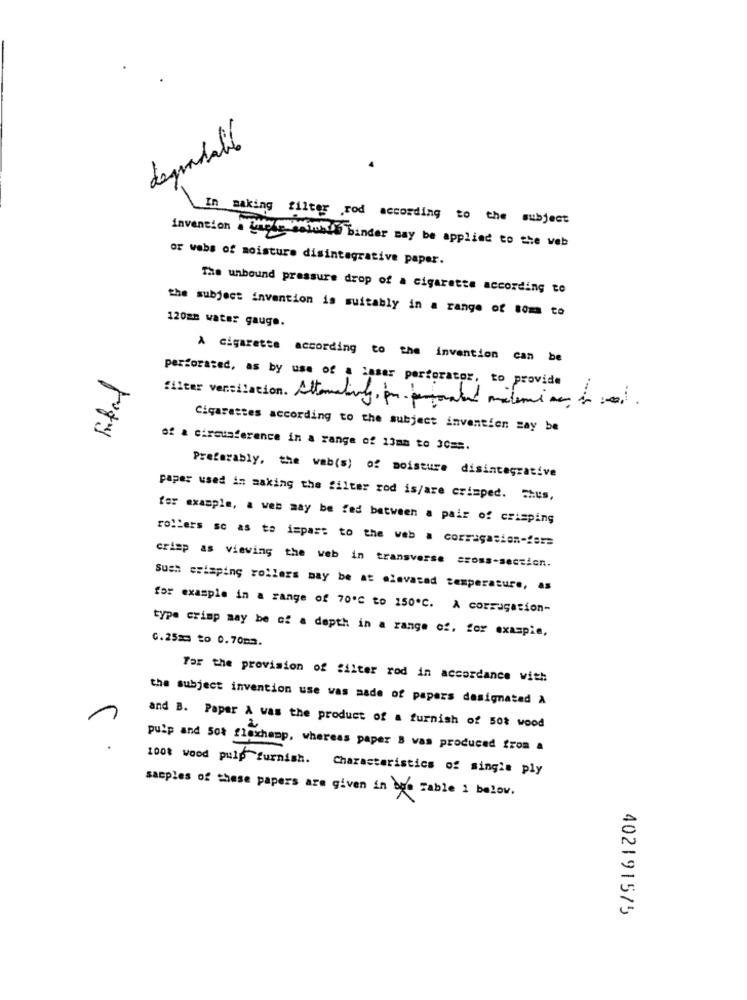
degradall
In making filter rod according to the subject
invention . note-selash binder may be applied to the veb
or webs of moisture disintegrative paper.
The unbound pressure drop of a cigarette according to
120mm water gauge.
the subject invention is suitably in a range of som to
A cigarette according to the invention can be
perforated, as by use of a laser perforator, to provide
filter ventilation. Altematiny pr. personand materiais.
Cigarettes according to the subject invention say be
of a circusference in a range of 13mm to 3C ==.
Preferably, the web(s) of moisture disintegrative
paper used in making the filter rod is/are crisped. = hus,
for example, a web may be fed between a pair of crisping
rollers so as to impart to the web a corrugasion-ista
crisp as viewing the web in transverse cross-section.
Sush crimping rollers may be at alavacad temperature, as
for example in a range of 70'℃ to 150℃. A corrugation-
type crimp may be of a depth in a range of. for example,
C.25 == to 0.70m3.
For the provision of filter rod in accordance with
the subject invention use was made of papers designated À
and B. Paper & was the product of a furnish of 50% wood
pulp and 50% floxhemp, whereas paper & was produced from a
1008 wood pulp furnish. Characteristics of single ply
samples of those papers are given in due Table i below.
4021915/5